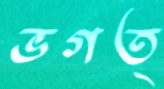
ভগত্